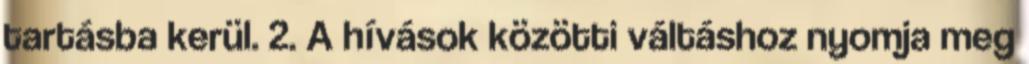
tartásba kerül. 2. A hívások közötti váltáshoz nyomja meg